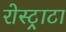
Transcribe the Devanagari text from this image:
रोस्ट्राटा